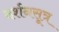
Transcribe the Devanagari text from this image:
दर्शनसूत्र